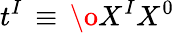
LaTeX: t^{I}\, \equiv\, {\o{X^{I}}{X^{0}}}